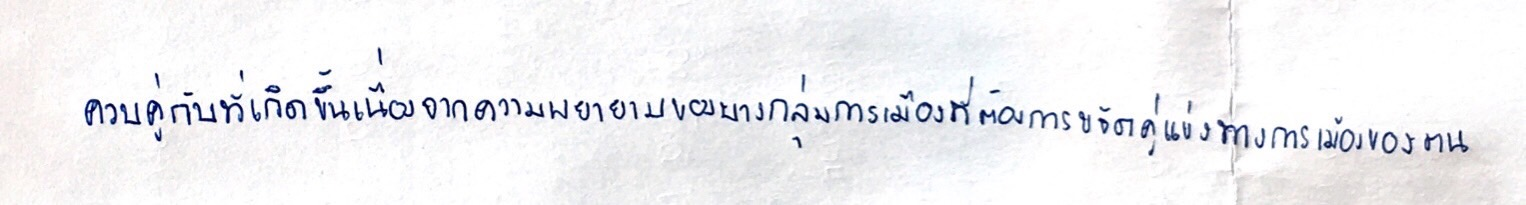
ควบคู่กับที่เกิดขึ้นเนื่องจากความพยายามของบางกลุ่มการเมืองที่ต้องการขจัดคู่แข่งทางการเมืองของตน